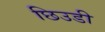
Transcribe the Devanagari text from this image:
छिउडी